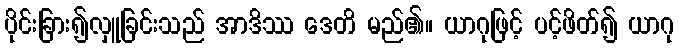
ပိုင်းခြား၍လှူခြင်းသည် အာဒိဿ ဒေတိ မည်၏။ ယာဂုဖြင့် ပင့်ဖိတ်၍ ယာဂု